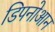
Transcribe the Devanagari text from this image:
डिपनोआन